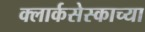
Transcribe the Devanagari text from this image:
क्लार्कसेस्काच्या